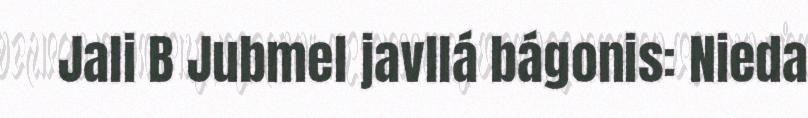
Jali B Jubmel javllá bágonis: Nieda